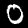
Digit: 0